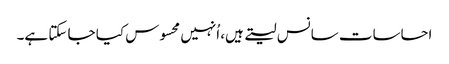
احساسات سانس لیتے ہیں، اُنہیں محسوس کیا جا سکتا ہے۔